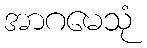
အာဂမေသုံ